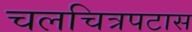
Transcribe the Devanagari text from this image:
चलचित्रपटास